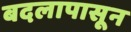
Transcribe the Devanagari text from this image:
बदलापासून